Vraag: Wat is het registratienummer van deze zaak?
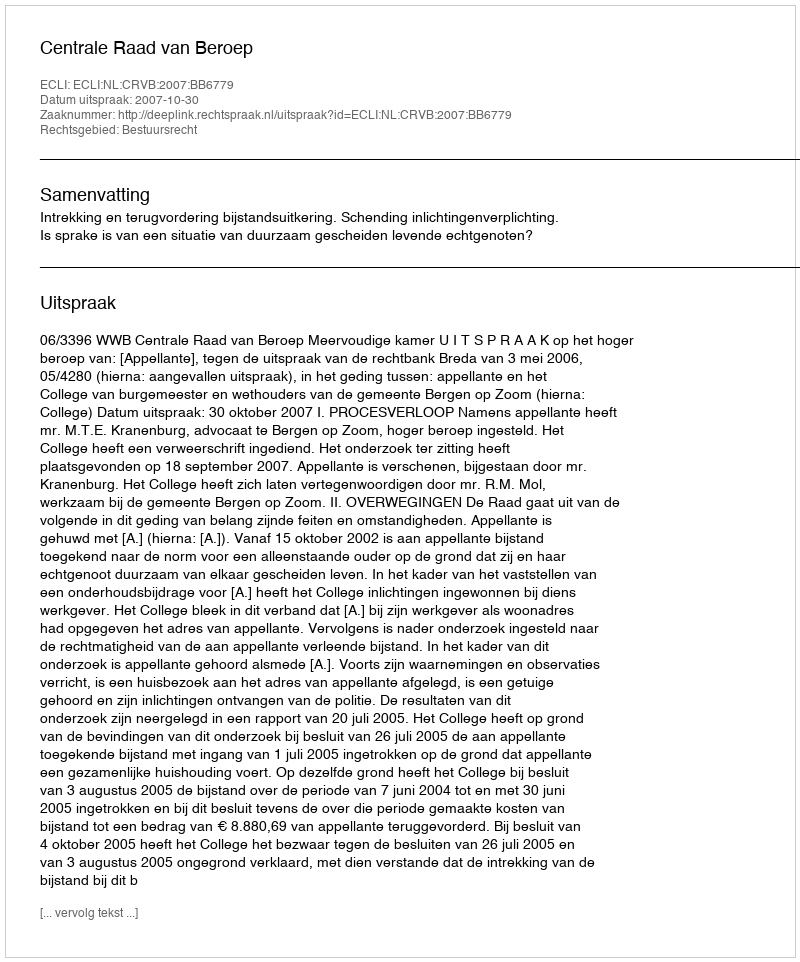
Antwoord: http://deeplink.rechtspraak.nl/uitspraak?id=ECLI:NL:CRVB:2007:BB6779